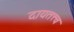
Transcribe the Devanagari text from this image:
दायतत्त्व